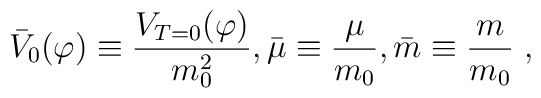
{\bar{V}_0}(\varphi)\equiv {\frac {V_{T=0}(\varphi)}{m_0^2}},{\bar{\mu}}\equiv {\frac {\mu}{m_0}},{\bar{m}}\equiv {\frac {m}{m_0}} \;,